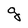
Character: g